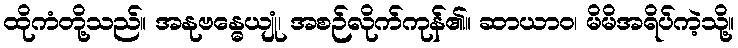
ထိုကံတို့သည်။ အနုဗန္ဓေယျုံ၊ အစဉ်လိုက်ကုန်၏။ ဆာယာဝ၊ မိမိအရိပ်ကဲ့သို့။